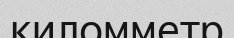
киломметр